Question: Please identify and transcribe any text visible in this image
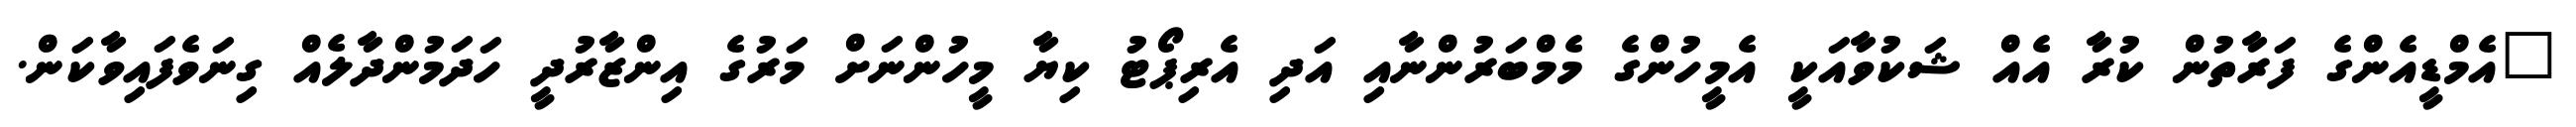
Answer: "އެމްޑީއެންގެ ފަރާތުން ކުރާ އެއް ޝަކުވާއަކީ އެމީހުންގެ މެމްބަރުންނާއި އަދި އެރިޕޯޓު ކިޔާ މީހުންނަށް މަރުގެ އިންޒާރުދީ ހަދަމުންދާލެއް ގިނަވެފައިވާކަން.